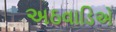
અઠવાડિએ